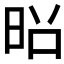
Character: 𫞃